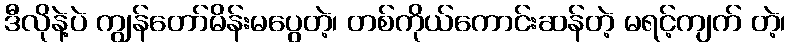
ဒီလိုနဲ့ပဲ ကျွန်တော်မိန်းမပွေတဲ့၊ တစ်ကိုယ်ကောင်းဆန်တဲ့ မရင့်ကျက် တဲ့၊